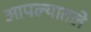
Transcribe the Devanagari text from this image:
आपल्यातले